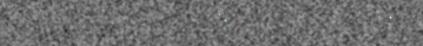
415 5969 ANNE